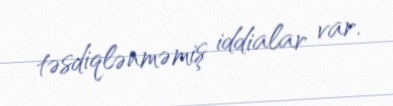
təsdiqlənməmiş iddialar var.